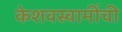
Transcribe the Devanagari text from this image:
केशवस्वामींची